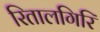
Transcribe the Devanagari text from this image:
रितालगिरि